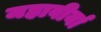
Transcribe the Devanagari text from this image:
महावीर्या